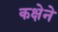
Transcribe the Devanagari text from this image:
कक्षेने